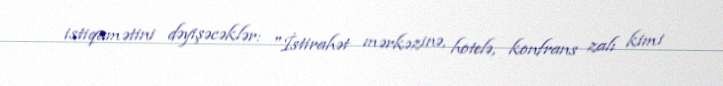
istiqamətini dəyişəcəklər: "İstirahət mərkəzinə, hotelə, konfrans zalı kimi